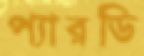
প্যারডি